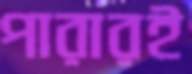
পারারই